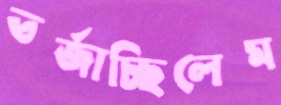
তর্জাচ্ছিলেম